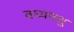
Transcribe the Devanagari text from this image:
वध्यपशु